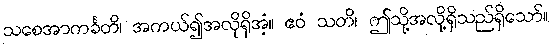
သစေအာကင်္ခတိ၊ အကယ်၍အလိုရှိအံ့။ ဧဝံ သတိ၊ ဤသို့အလို့ရှိသည်ရှိသော်။